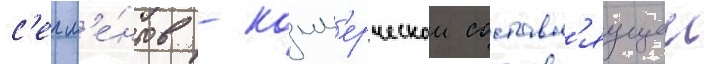
с'егм'е́нтов - комм'ерческои составл'яущеи